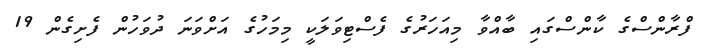
ފްރާންސްގެ ކާންސްގައި ބާއްވާ މިއަހަރުގެ ފެސްޓިވަލަކީ މިމަހުގެ އަށްވަނަ ދުވަހުން ފެށިގެން 19